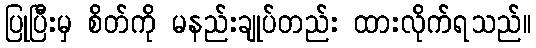
ပြုပြီးမှ စိတ်ကို မနည်းချုပ်တည်း ထားလိုက်ရသည်။